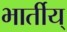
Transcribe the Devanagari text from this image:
भार्तीय्